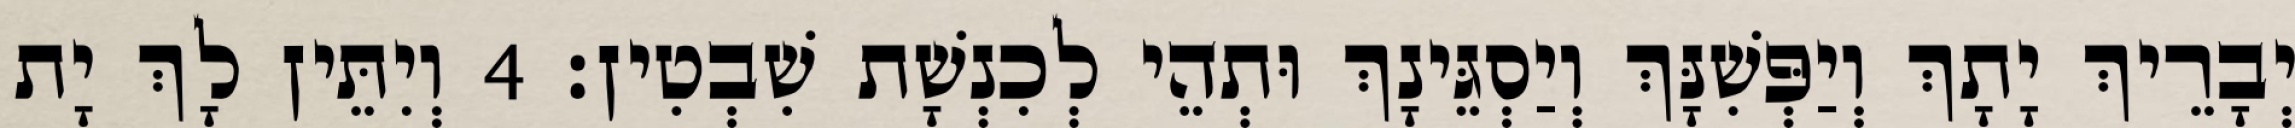
יְבָרֵיךְ יָתָךְ וְיַפְּשִׁנָּךְ וְיַסְגֵּינָךְ וּתְהֵי לְכִנְשָׁת שִׁבְטִין׃ 4 וְיִתֵּין לָךְ יָת